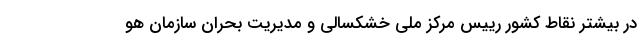
در بیشتر نقاط کشور رییس مرکز ملی خشکسالی و مدیریت بحران سازمان هو